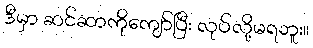
ဒီမှာ ဆင်ဆာကိုကျော်ပြီး လုပ်လို့မရဘူး။